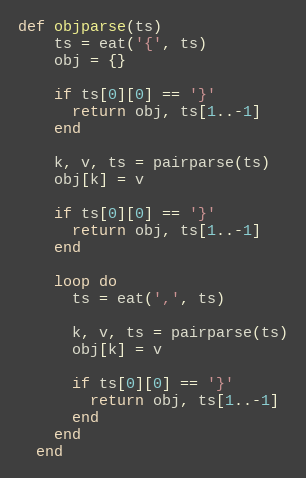
Language: Ruby
def objparse(ts)
    ts = eat('{', ts)
    obj = {}

    if ts[0][0] == '}'
      return obj, ts[1..-1]
    end

    k, v, ts = pairparse(ts)
    obj[k] = v

    if ts[0][0] == '}'
      return obj, ts[1..-1]
    end

    loop do
      ts = eat(',', ts)

      k, v, ts = pairparse(ts)
      obj[k] = v

      if ts[0][0] == '}'
        return obj, ts[1..-1]
      end
    end
  end